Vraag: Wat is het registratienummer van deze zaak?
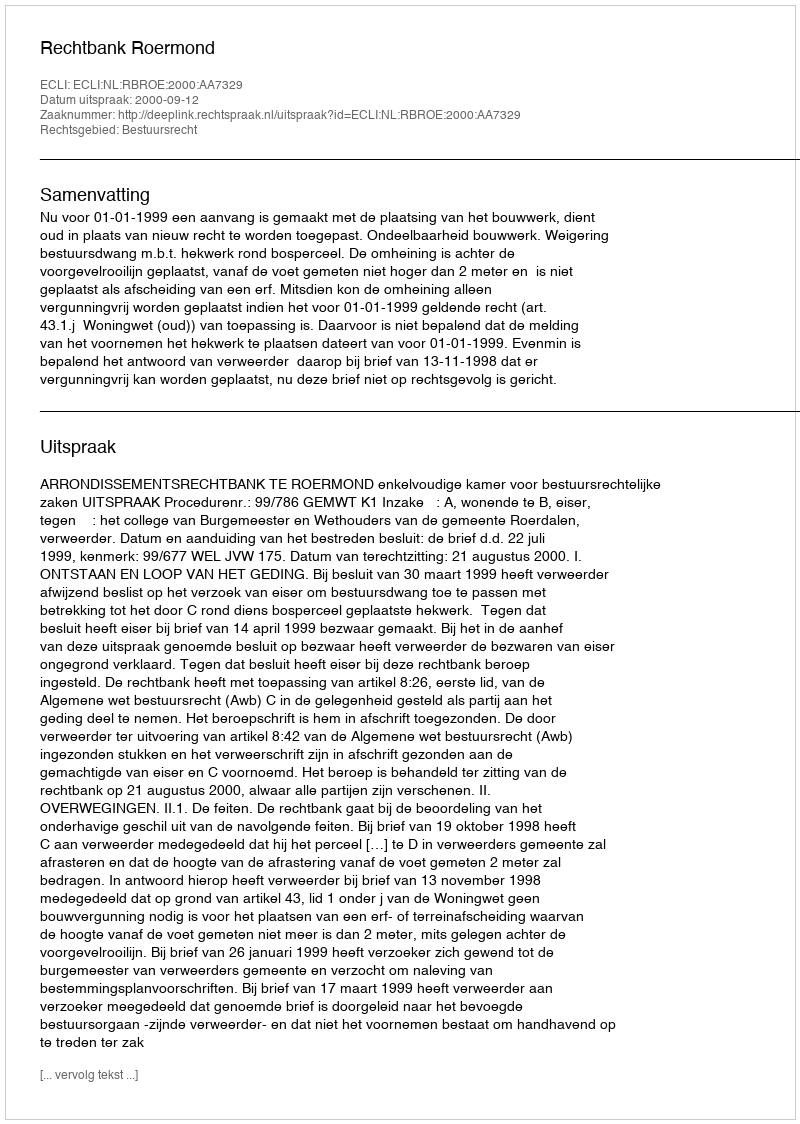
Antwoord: http://deeplink.rechtspraak.nl/uitspraak?id=ECLI:NL:RBROE:2000:AA7329